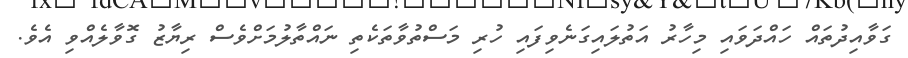
ގަވާއިދުތައް ހައްދަވައި މިހާރު އަތުލައިގަނެވިފައި ހުރި މަސްތުވާތަކެތި ނައްތާލުމަށްވެސް ރިޔާޒު ގޮވާލެއްވި އެވެ.